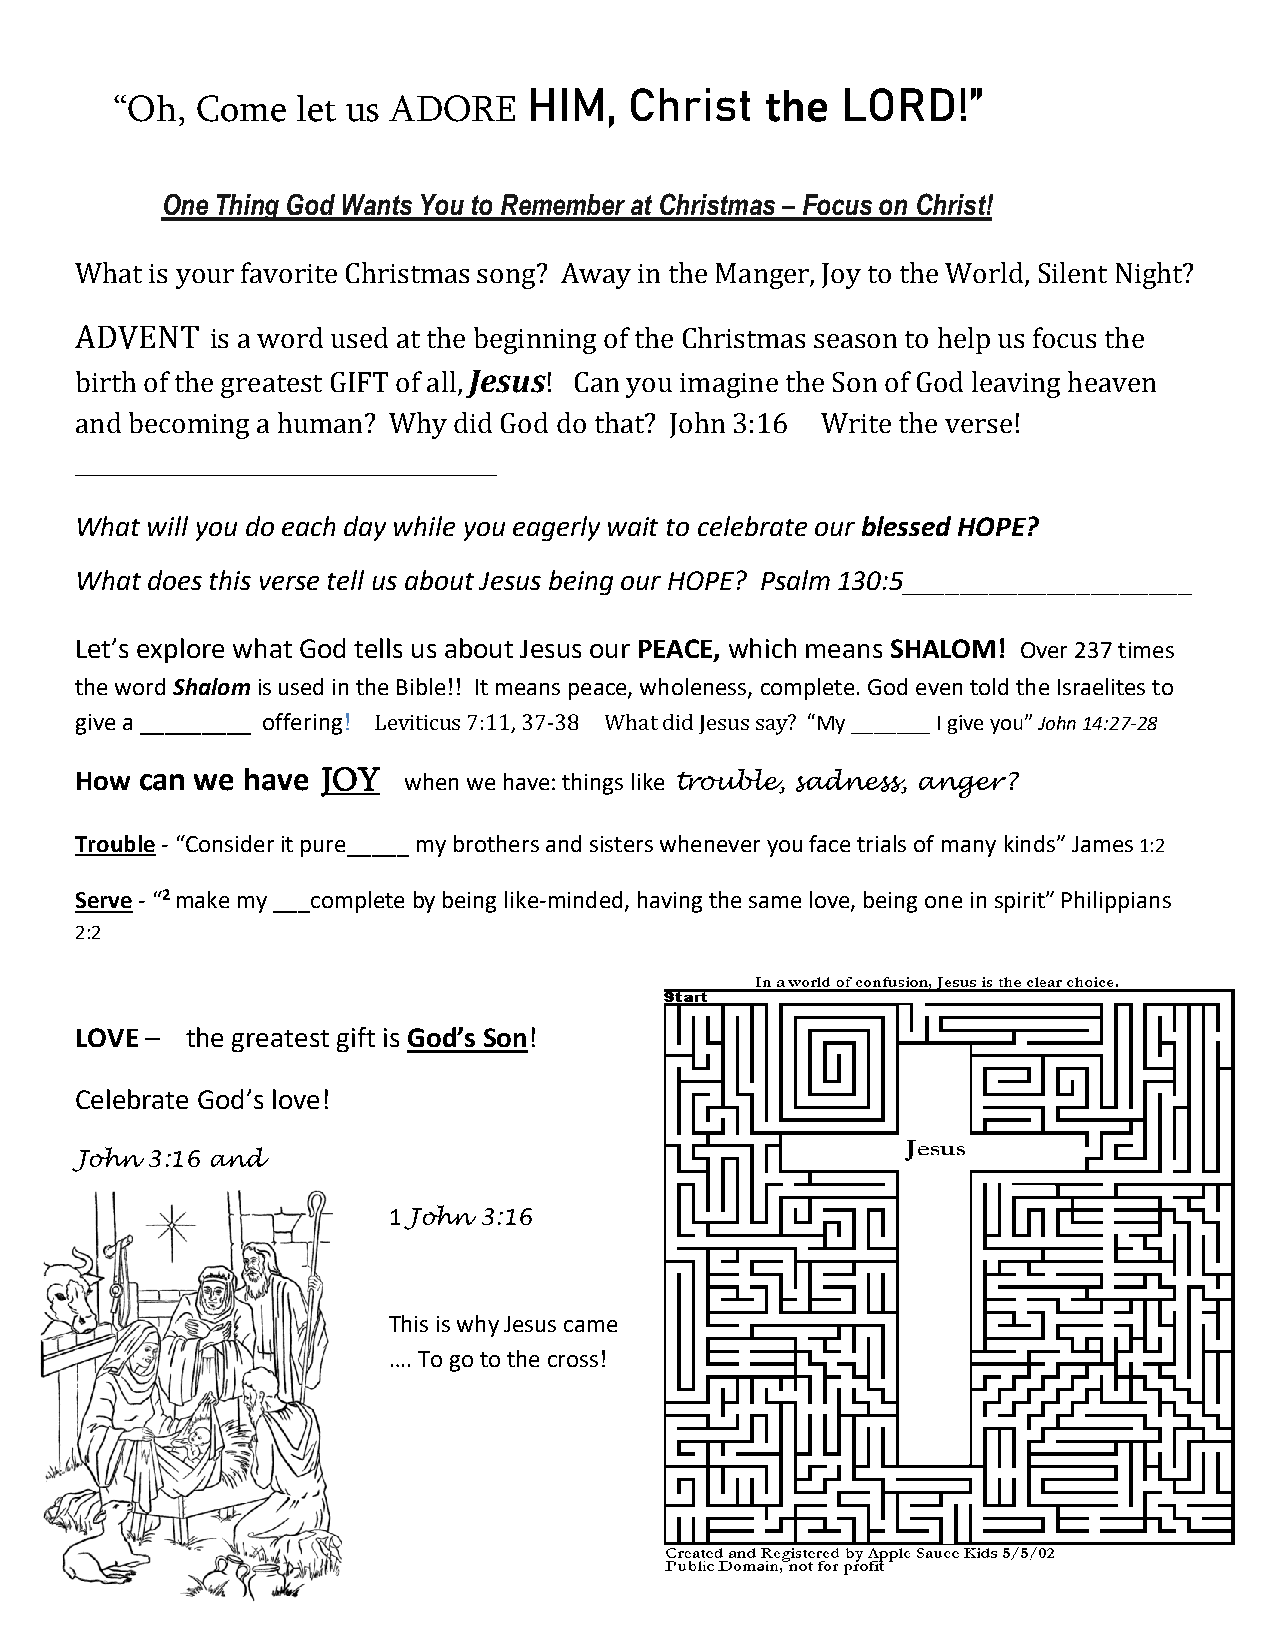
HIM,   Christ   the  LORD!”
 “Oh,  Come   let us ADORE
 One Thing God Wants You to Remember at Christmas – Focus on Christ!
 What is your favorite Christmas song? Away in the Manger, Joy to the World, Silent Night?
 ADVENT   is a word used at the beginning of the Christmas season to help us focus the
 birth of the greatest GIFT of all, Jesus! Can you imagine the Son of God leaving heaven
 and becoming a human? Why did God do that? John 3:16 Write the verse!
 _______________________________________
 What will you do each day while you eagerly wait to celebrate our blessed HOPE?
 What does this verse tell us about Jesus being our HOPE? Psalm 130:5____________________
 Let’s explore what God tells us about Jesus our PEACE, which means SHALOM! Over 237 times
 the word Shalom is used in the Bible!! It means peace, wholeness, complete. God even told the Israelites to
 give a _________ offering! Leviticus 7:11, 37-38 What did Jesus say? “My _______ I give you” John 14:27-28
 How can we have JOY   when we have: things like trouble, sadness, anger?
 Trouble - “Consider it pure_____ my brothers and sisters whenever you face trials of many kinds” James 1:2
 Serve - “2 make my ___complete by being like-minded, having the same love, being one in spirit” Philippians
 2:2
 LOVE – the greatest gift is God’s Son!
 Celebrate God’s love!
 John 3:16 and
 1 John 3:16
 This is why Jesus came
 …. To go to the cross!